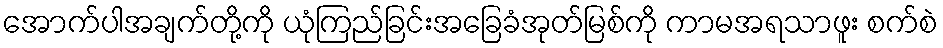
အောက်ပါအချက်တို့ကို ယုံကြည်ခြင်းအခြေခံအုတ်မြစ်ကို ကာမအရသာဖူး စက်စဲ